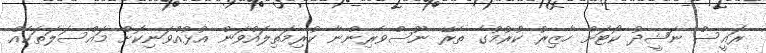
ރައީސް ނަޝީދު ކޯޓަށް ހާޒިރު ކުރުމުގެ ތެރޭ ނޫސްވެރިންނާ ކުރިމަތިލައްވަން އުޅުއްވަނިކޮށް މައްސަލަތަކެއް